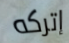
إتركه